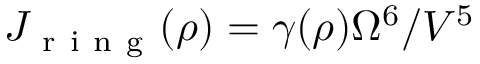
J _ { \mathrm { ~ r ~ i ~ n ~ g ~ } } ( \rho ) = \gamma ( \rho ) \Omega ^ { 6 } / V ^ { 5 }